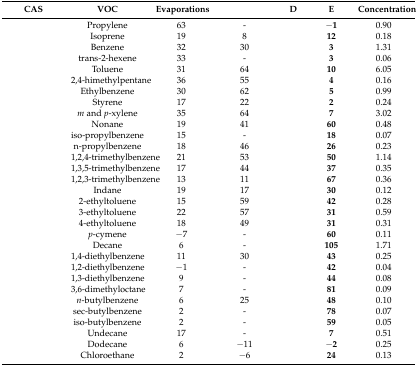
<table><thead><tr><td><b>CAS</b></td><td><b>VOC</b></td><td><b>Evaporations</b></td><td>[EMPTY_CELL]</td><td><b>D</b></td><td><b>E</b></td><td><b>Concentration</b></td></tr></thead><tbody><tr><td>[EMPTY_CELL]</td><td>Propylene</td><td>63</td><td>-</td><td>[EMPTY_CELL]</td><td><b>−1</b></td><td>0.90</td></tr><tr><td>[EMPTY_CELL]</td><td>Isoprene</td><td>19</td><td>8</td><td>[EMPTY_CELL]</td><td><b>12</b></td><td>0.18</td></tr><tr><td>[EMPTY_CELL]</td><td>Benzene</td><td>32</td><td>30</td><td>[EMPTY_CELL]</td><td><b>3</b></td><td>1.31</td></tr><tr><td>[EMPTY_CELL]</td><td>trans-2-hexene</td><td>33</td><td>-</td><td>[EMPTY_CELL]</td><td><b>3</b></td><td>0.06</td></tr><tr><td>[EMPTY_CELL]</td><td>Toluene</td><td>31</td><td>64</td><td>[EMPTY_CELL]</td><td><b>10</b></td><td>6.05</td></tr><tr><td>[EMPTY_CELL]</td><td>2,4-himethylpentane</td><td>36</td><td>55</td><td>[EMPTY_CELL]</td><td><b>4</b></td><td>0.16</td></tr><tr><td>[EMPTY_CELL]</td><td>Ethylbenzene</td><td>30</td><td>62</td><td>[EMPTY_CELL]</td><td><b>5</b></td><td>0.99</td></tr><tr><td>[EMPTY_CELL]</td><td>Styrene</td><td>17</td><td>22</td><td>[EMPTY_CELL]</td><td><b>2</b></td><td>0.24</td></tr><tr><td>[EMPTY_CELL]</td><td><i>m</i> and <i>p</i>-xylene</td><td>35</td><td>64</td><td>[EMPTY_CELL]</td><td><b>7</b></td><td>3.02</td></tr><tr><td>[EMPTY_CELL]</td><td>Nonane</td><td>19</td><td>41</td><td>[EMPTY_CELL]</td><td><b>60</b></td><td>0.48</td></tr><tr><td>[EMPTY_CELL]</td><td>iso-propylbenzene</td><td>15</td><td>-</td><td>[EMPTY_CELL]</td><td><b>18</b></td><td>0.07</td></tr><tr><td>[EMPTY_CELL]</td><td>n-propylbenzene</td><td>18</td><td>46</td><td>[EMPTY_CELL]</td><td><b>26</b></td><td>0.23</td></tr><tr><td>[EMPTY_CELL]</td><td>1,2,4-trimethylbenzene</td><td>21</td><td>53</td><td>[EMPTY_CELL]</td><td><b>50</b></td><td>1.14</td></tr><tr><td>[EMPTY_CELL]</td><td>1,3,5-trimethylbenzene</td><td>17</td><td>44</td><td>[EMPTY_CELL]</td><td><b>37</b></td><td>0.35</td></tr><tr><td>[EMPTY_CELL]</td><td>1,2,3-trimethylbenzene</td><td>13</td><td>11</td><td>[EMPTY_CELL]</td><td><b>67</b></td><td>0.36</td></tr><tr><td>[EMPTY_CELL]</td><td>Indane</td><td>19</td><td>17</td><td>[EMPTY_CELL]</td><td><b>30</b></td><td>0.12</td></tr><tr><td>[EMPTY_CELL]</td><td>2-ethyltoluene</td><td>15</td><td>59</td><td>[EMPTY_CELL]</td><td><b>42</b></td><td>0.28</td></tr><tr><td>[EMPTY_CELL]</td><td>3-ethyltoluene</td><td>22</td><td>57</td><td>[EMPTY_CELL]</td><td><b>31</b></td><td>0.59</td></tr><tr><td>[EMPTY_CELL]</td><td>4-ethyltoluene</td><td>18</td><td>49</td><td>[EMPTY_CELL]</td><td><b>31</b></td><td>0.31</td></tr><tr><td>[EMPTY_CELL]</td><td><i>p</i>-cymene</td><td>−7</td><td>-</td><td>[EMPTY_CELL]</td><td><b>60</b></td><td>0.11</td></tr><tr><td>[EMPTY_CELL]</td><td>Decane</td><td>6</td><td>-</td><td>[EMPTY_CELL]</td><td><b>105</b></td><td>1.71</td></tr><tr><td>[EMPTY_CELL]</td><td>1,4-diethylbenzene</td><td>11</td><td>30</td><td>[EMPTY_CELL]</td><td><b>43</b></td><td>0.25</td></tr><tr><td>[EMPTY_CELL]</td><td>1,2-diethylbenzene</td><td>−1</td><td>-</td><td>[EMPTY_CELL]</td><td><b>42</b></td><td>0.04</td></tr><tr><td>[EMPTY_CELL]</td><td>1,3-diethylbenzene</td><td>9</td><td>-</td><td>[EMPTY_CELL]</td><td><b>44</b></td><td>0.08</td></tr><tr><td>[EMPTY_CELL]</td><td>3,6-dimethyloctane</td><td>7</td><td>-</td><td>[EMPTY_CELL]</td><td><b>81</b></td><td>0.09</td></tr><tr><td>[EMPTY_CELL]</td><td><i>n</i>-butylbenzene</td><td>6</td><td>25</td><td>[EMPTY_CELL]</td><td><b>48</b></td><td>0.10</td></tr><tr><td>[EMPTY_CELL]</td><td>sec-butylbenzene</td><td>2</td><td>-</td><td>[EMPTY_CELL]</td><td><b>78</b></td><td>0.07</td></tr><tr><td>[EMPTY_CELL]</td><td>iso-butylbenzene</td><td>2</td><td>-</td><td>[EMPTY_CELL]</td><td><b>59</b></td><td>0.05</td></tr><tr><td>[EMPTY_CELL]</td><td>Undecane</td><td>17</td><td>-</td><td>[EMPTY_CELL]</td><td><b>7</b></td><td>0.51</td></tr><tr><td>[EMPTY_CELL]</td><td>Dodecane</td><td>6</td><td>−11</td><td>[EMPTY_CELL]</td><td><b>−2</b></td><td>0.25</td></tr><tr><td>[EMPTY_CELL]</td><td>Chloroethane</td><td>2</td><td>−6</td><td>[EMPTY_CELL]</td><td><b>24</b></td><td>0.13</td></tr></tbody></table>